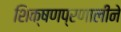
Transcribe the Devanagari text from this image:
शिक्षणप्रणालीने